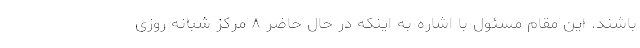
باشند. این مقام مسئول با اشاره به اینکه در حال حاضر ۸ مرکز شبانه روزی